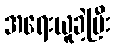
အရေးယူခဲ့ပြီး